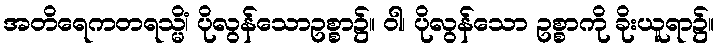
အတိရေကတရသ္မိံ၊ ပိုလွန်သောဥစ္စာ၌။ ဝါ၊ ပိုလွန်သော ဥစ္စာကို ခိုးယူရာ၌။